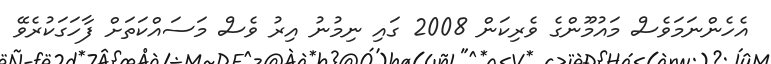
އެހެންނަމަވެސް މައުމޫންގެ ވެރިކަން 2008 ގައި ނިމުނު އިރު ވެސް މަސައްކަތަށް ފާހަގަކުރެވޭ